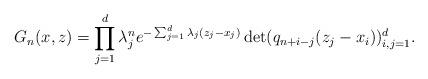
LaTeX: \begin{align*}G_n(x, z) = \prod_{j=1}^d \lambda_j^n e^{-\sum_{j=1}^d \lambda_j(z_j - x_j)} \det(q_{n+i-j}(z_j - x_i))_{i, j = 1}^d.\end{align*}